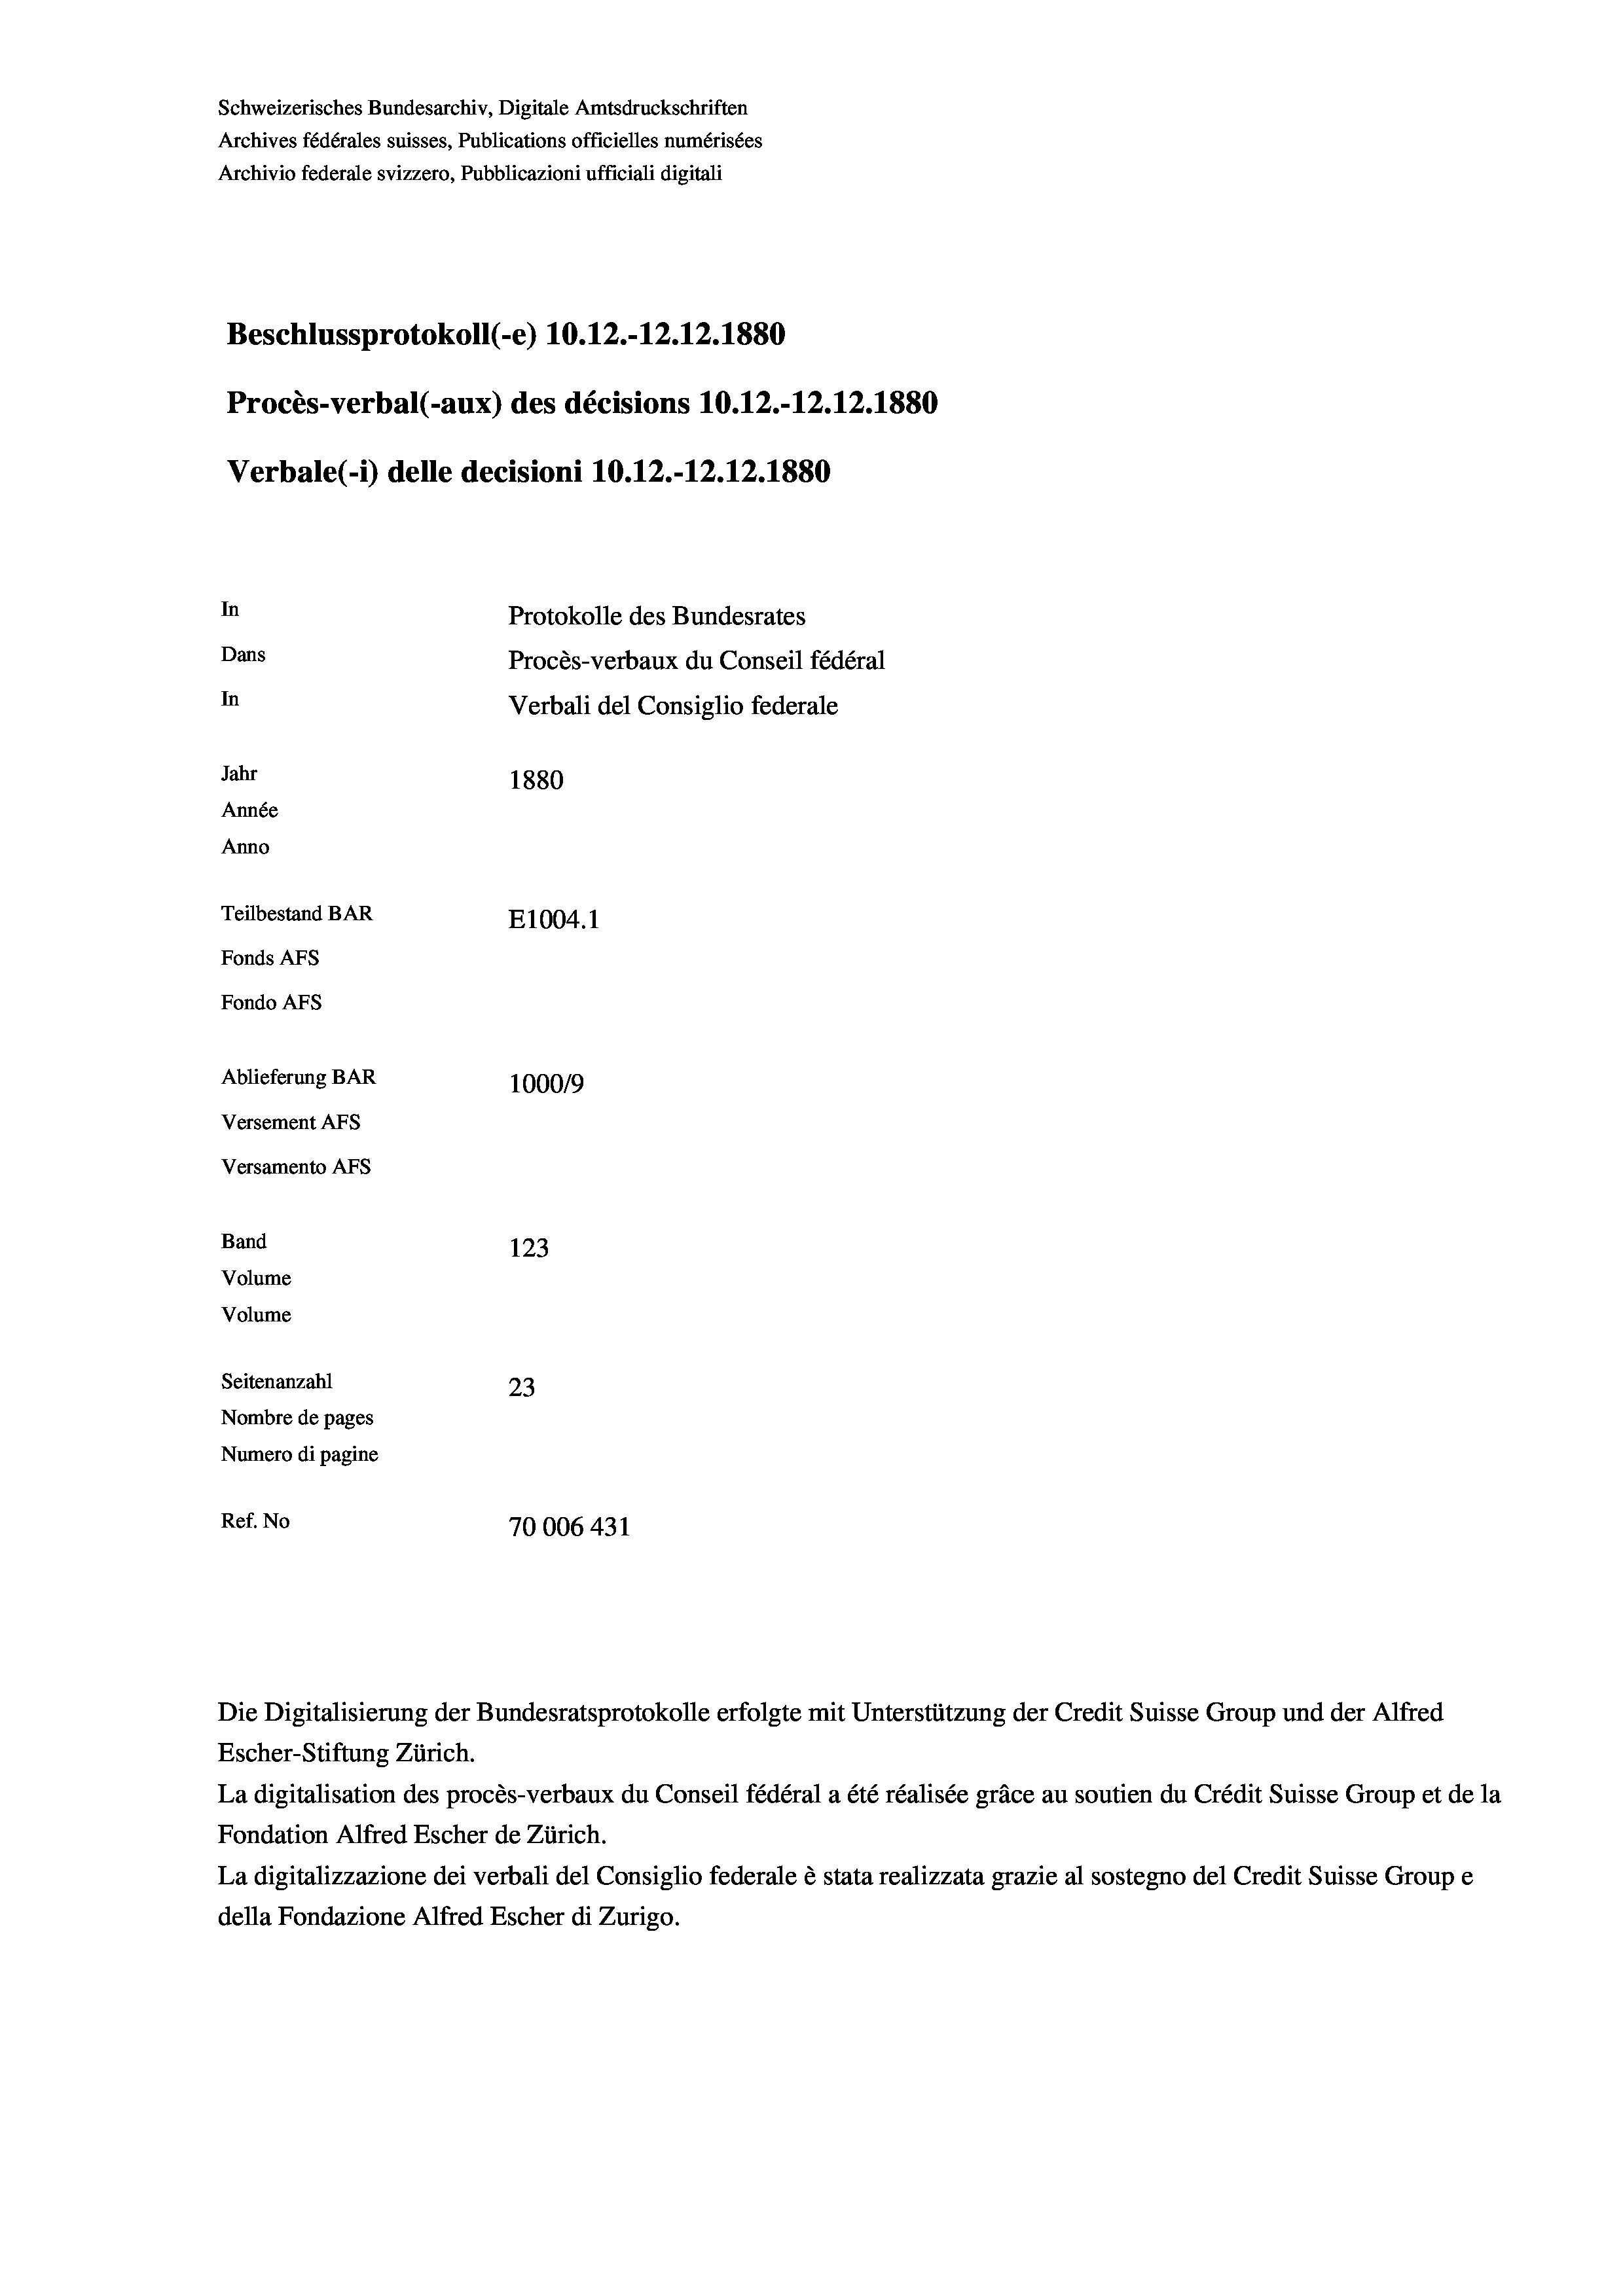
Schweizerisches Bundesarchiv, Digitale Amtsdruckschriften
Archives fédérales suisses, Publications officielles numérisées
Archivio federale svizzero, Pubblicazioni ufficiali digitali
Beschlussprotokoll (-e) 10.12.-12.12.1880
Procès-verbal (-aux) des décisions 10.12.-12.12.1880
Verbale(-*) delle decisioni 10.12.-12.12.1880
In
Protokolle des Bundesrates
Dans
Procès-verbaux du Conseil fédéral
In
Verbali del Consiglio federale
Jahr
1880
Année
Anno
Teilbestand BAR
E1004. 1
Fonds AFs
Fondo AFS
Ablieferung BAR
100019
Versement AFs
Versamento Afs
Band
123
Volume
Volume
Seitenanzahl
23
Nombre de pages
Numero di pagine
Ref. No
70006 431

Die Digitalisierung der Bundesratsprotokolle erfolgte mit Unterstützung der Credit Suisse Group und der Alfred
Escher-Stiftung Zürich.
La digitalisation des procès-verbaux du Conseil fédéral a été réalisée gräce au soutien du Crédit Suisse Group et de la
Fondation Alfred Escher de Zürich.
La digitalizzazione dei verbali del Consiglio federale è stata realizzata grazie al sostegno del Credit Suisse Groupe
della Fondazione Alfred Escher di Zurigo.